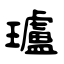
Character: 瓐